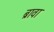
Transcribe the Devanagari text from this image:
ब्रावा